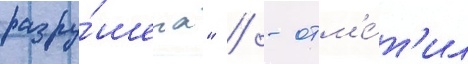
разру́шена" / - отм'е́т'ил